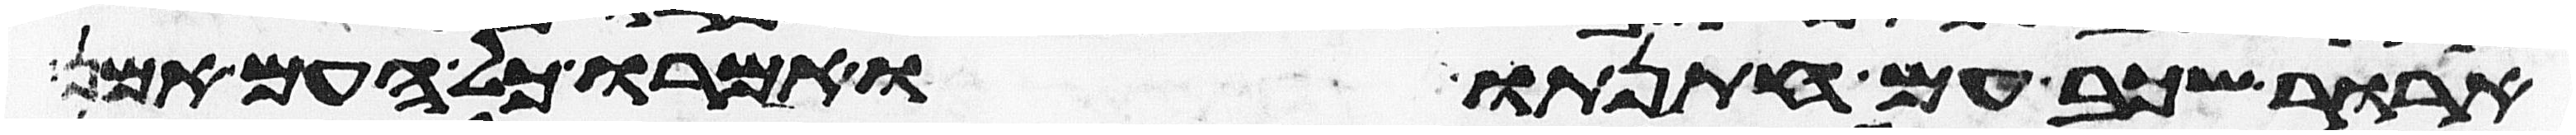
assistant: ארור שכב עם חתנתו ואמרו כל העם אמן